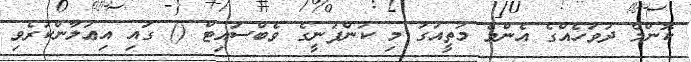
ކޮންމެ ދުވަހެއްގެ އެންމެ މަތީއަގު މި ކުންފުނީގެ ވެބްސައިޓް () ގައި އިޢުލާންކުރެވި